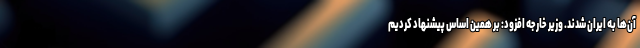
آن‌ها به ایران شدند. وزیر خارجه افزود: بر همین اساس پیشنهاد کردیم